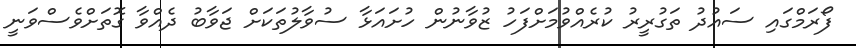
ފޯރަމްގައި ސައުދު ތަގުރީރު ކުރެއްވުމަށްފަހު ޒުވާނުން ހުށައަޅާ ސުވާލުތަކަށް ޖަވާބު ދެއްވާ ގޮތަށްވެސްވަނީ